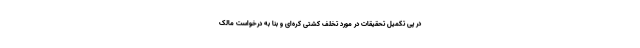
در پی تکمیل تحقیقات در مورد تخلف کشتی کره‌ای و بنا به درخواست مالک